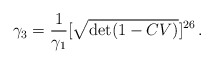
\begin{align*}\gamma_3 = \frac{ 1}{ \gamma_1} [\sqrt{\det (1-CV)}]^{26}\,.\end{align*}